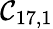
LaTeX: \mathcal{C}_{17,1}